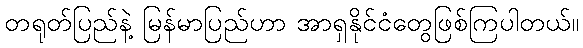
တရုတ်ပြည်နဲ့ မြန်မာပြည်ဟာ အာရှနိုင်ငံတွေဖြစ်ကြပါတယ်။